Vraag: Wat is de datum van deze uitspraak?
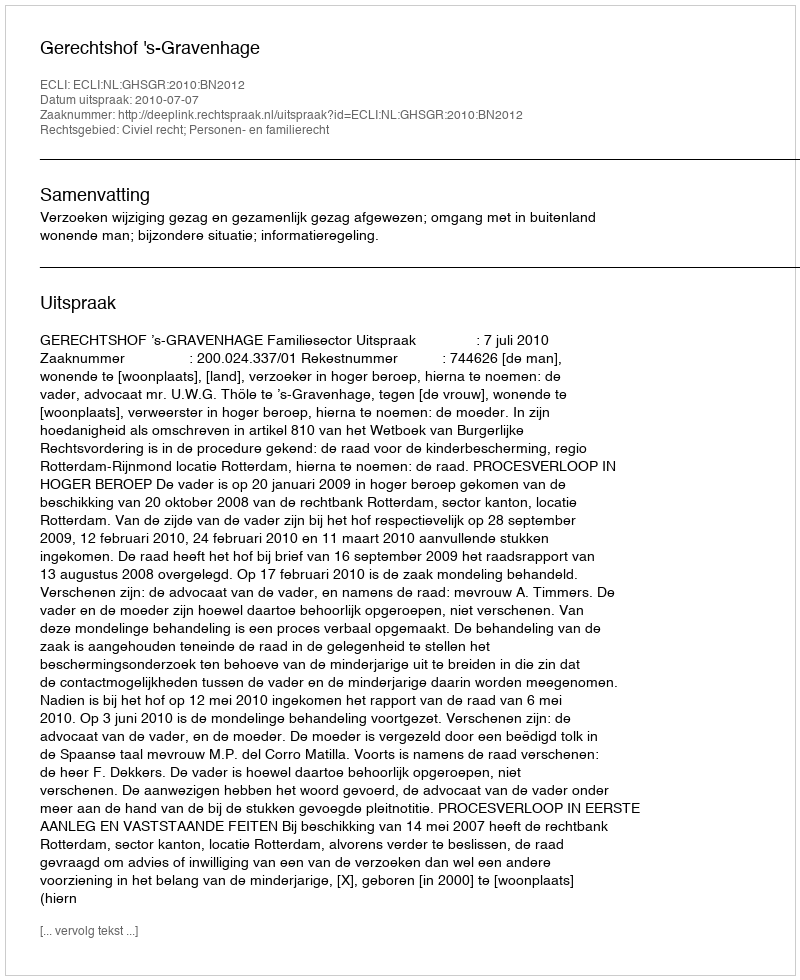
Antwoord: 2010-07-07